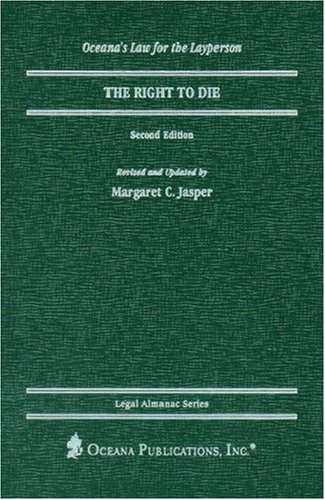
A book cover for The Right to Die (Legal Almanac Series); Margaret Jasper; Law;